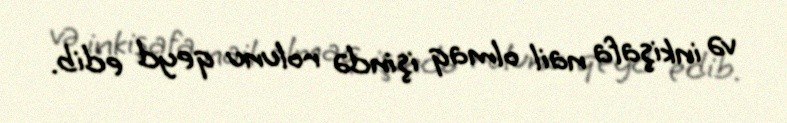
və inkişafa nail olmaq işində rolunu qeyd edib.